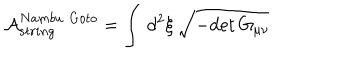
\mathcal { A } _ { s t r i n g } ^ { N a m b u \, \, G o t o } = \int \, d ^ { 2 } \xi \, \sqrt { - \mathrm { d e t } \, G _ { \mu \nu } }